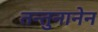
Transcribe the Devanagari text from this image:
तन्तुनानेन